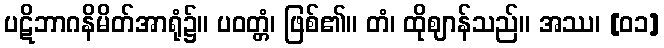
ပဋိဘာဂနိမိတ်အာရုံ၌။ ပဝတ္တံ၊ ဖြစ်၏။ တံ၊ ထိုဈာန်သည်။ အဿ၊ [၀၁]